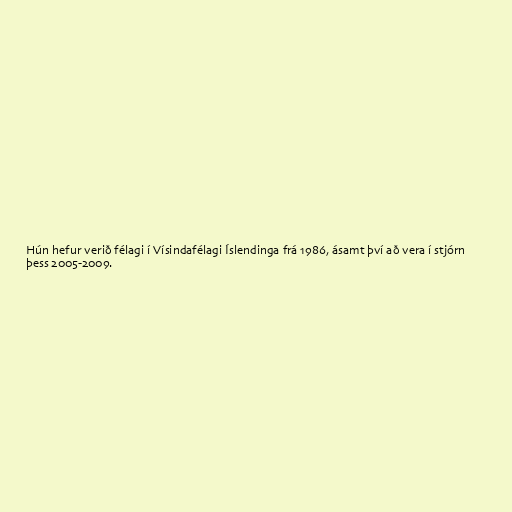
Hún hefur verið félagi í Vísindafélagi Íslendinga frá 1986, ásamt því að vera í stjórn
þess 2005-2009.